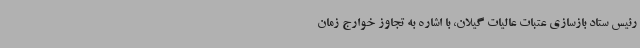
رئیس ستاد بازسازی عتبات عالیات گیلان، با اشاره به تجاوز خوارج زمان